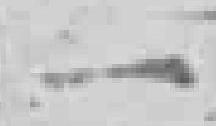
一